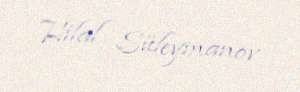
Hilal Süleymanov